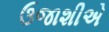
ઉજાશીએ